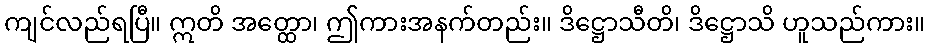
ကျင်လည်ရပြီ။ ဣတိ အတ္ထော၊ ဤကားအနက်တည်း။ ဒိဋ္ဌောသီတိ၊ ဒိဋ္ဌောသိ ဟူသည်ကား။